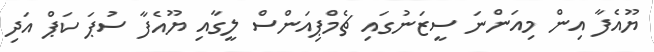
ޔޫއެފާ އިން މިއަންނަ ސީޒަނުގައި ޗެމްޕިއަންސް ލީގާއި ޔޫއެފާ ސުޕަ ކަޕް އަދި